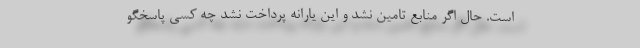
است. حال اگر منابع تامین نشد و این یارانه پرداخت نشد چه کسی پاسخگو